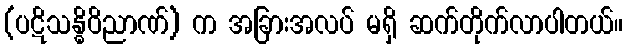
(ပဋိသန္ဓိဝိညာဏ်) က အခြားအလပ် မရှိ ဆက်တိုက်လာပါတယ်။